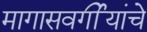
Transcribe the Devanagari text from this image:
मागासवर्गीयांचे